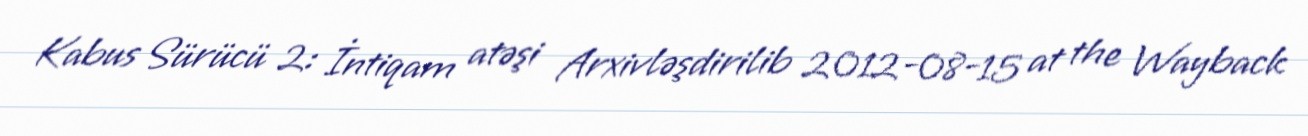
Kabus Sürücü 2: İntiqam atəşi Arxivləşdirilib 2012-08-15 at the Wayback